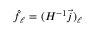
\hat { f } _ { \ell } = ( H ^ { - 1 } \vec { j } ) _ { \ell }